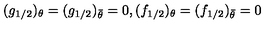
( g _ { 1 / 2 } ) _ { \theta } = ( g _ { 1 / 2 } ) _ { \bar { \theta } } = 0 , ( f _ { 1 / 2 } ) _ { \theta } = ( f _ { 1 / 2 } ) _ { \bar { \theta } } = 0